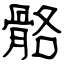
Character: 骼